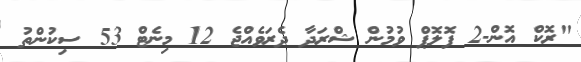
"ރޮކް އޮން-2 ފޮލޮޕް ވުމުން ޝްރަދާ ދެރަވެއްޖެ 12 މިނެޓް 53 ސިކުންތު